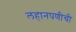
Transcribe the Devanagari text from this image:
लहानपणीची